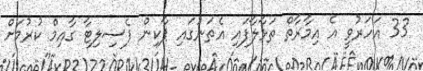
33 އަހަރުވީ އެ އިމާރާތް ތަޅާލާފައި އެތަނުގައި ޕާކިން ފެސިލިޓާ ގާއިމް ކުރުމަށް